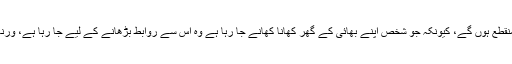
مگر جناب اس طرح تو معاشرتی روابط مزید منقطع ہوں گے، کیونکہ جو شخص اپنے بھائی کے گھر کھانا کھانے جا رہا ہے وہ اس سے روابط بڑھانے کے لیے جا رہا ہے، ورنہ کھانا تو اس کے اپنے گھر میں بھی پکتا ہے۔